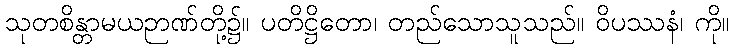
သုတစိန္တာမယဉာဏ်တို့၌။ ပတိဋ္ဌိတော၊ တည်သောသူသည်။ ဝိပဿနံ၊ ကို။